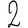
Digit: 2